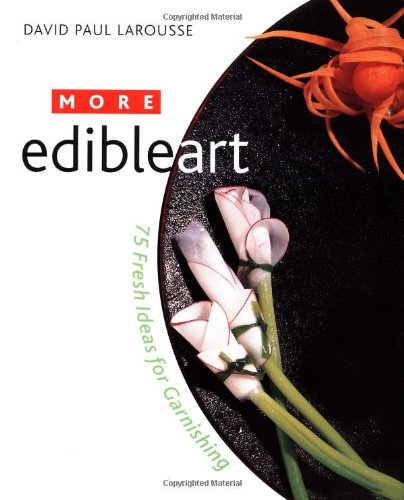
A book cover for More Edible Art: 75 Fresh Ideas for Garnishing; David Paul Larousse; Cookbooks, Food & Wine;